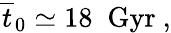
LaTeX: {\overline{{{t}}}}_{0}\simeq 18\; \mathrm{~Gyr~},